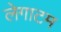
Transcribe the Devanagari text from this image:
लेगाटम